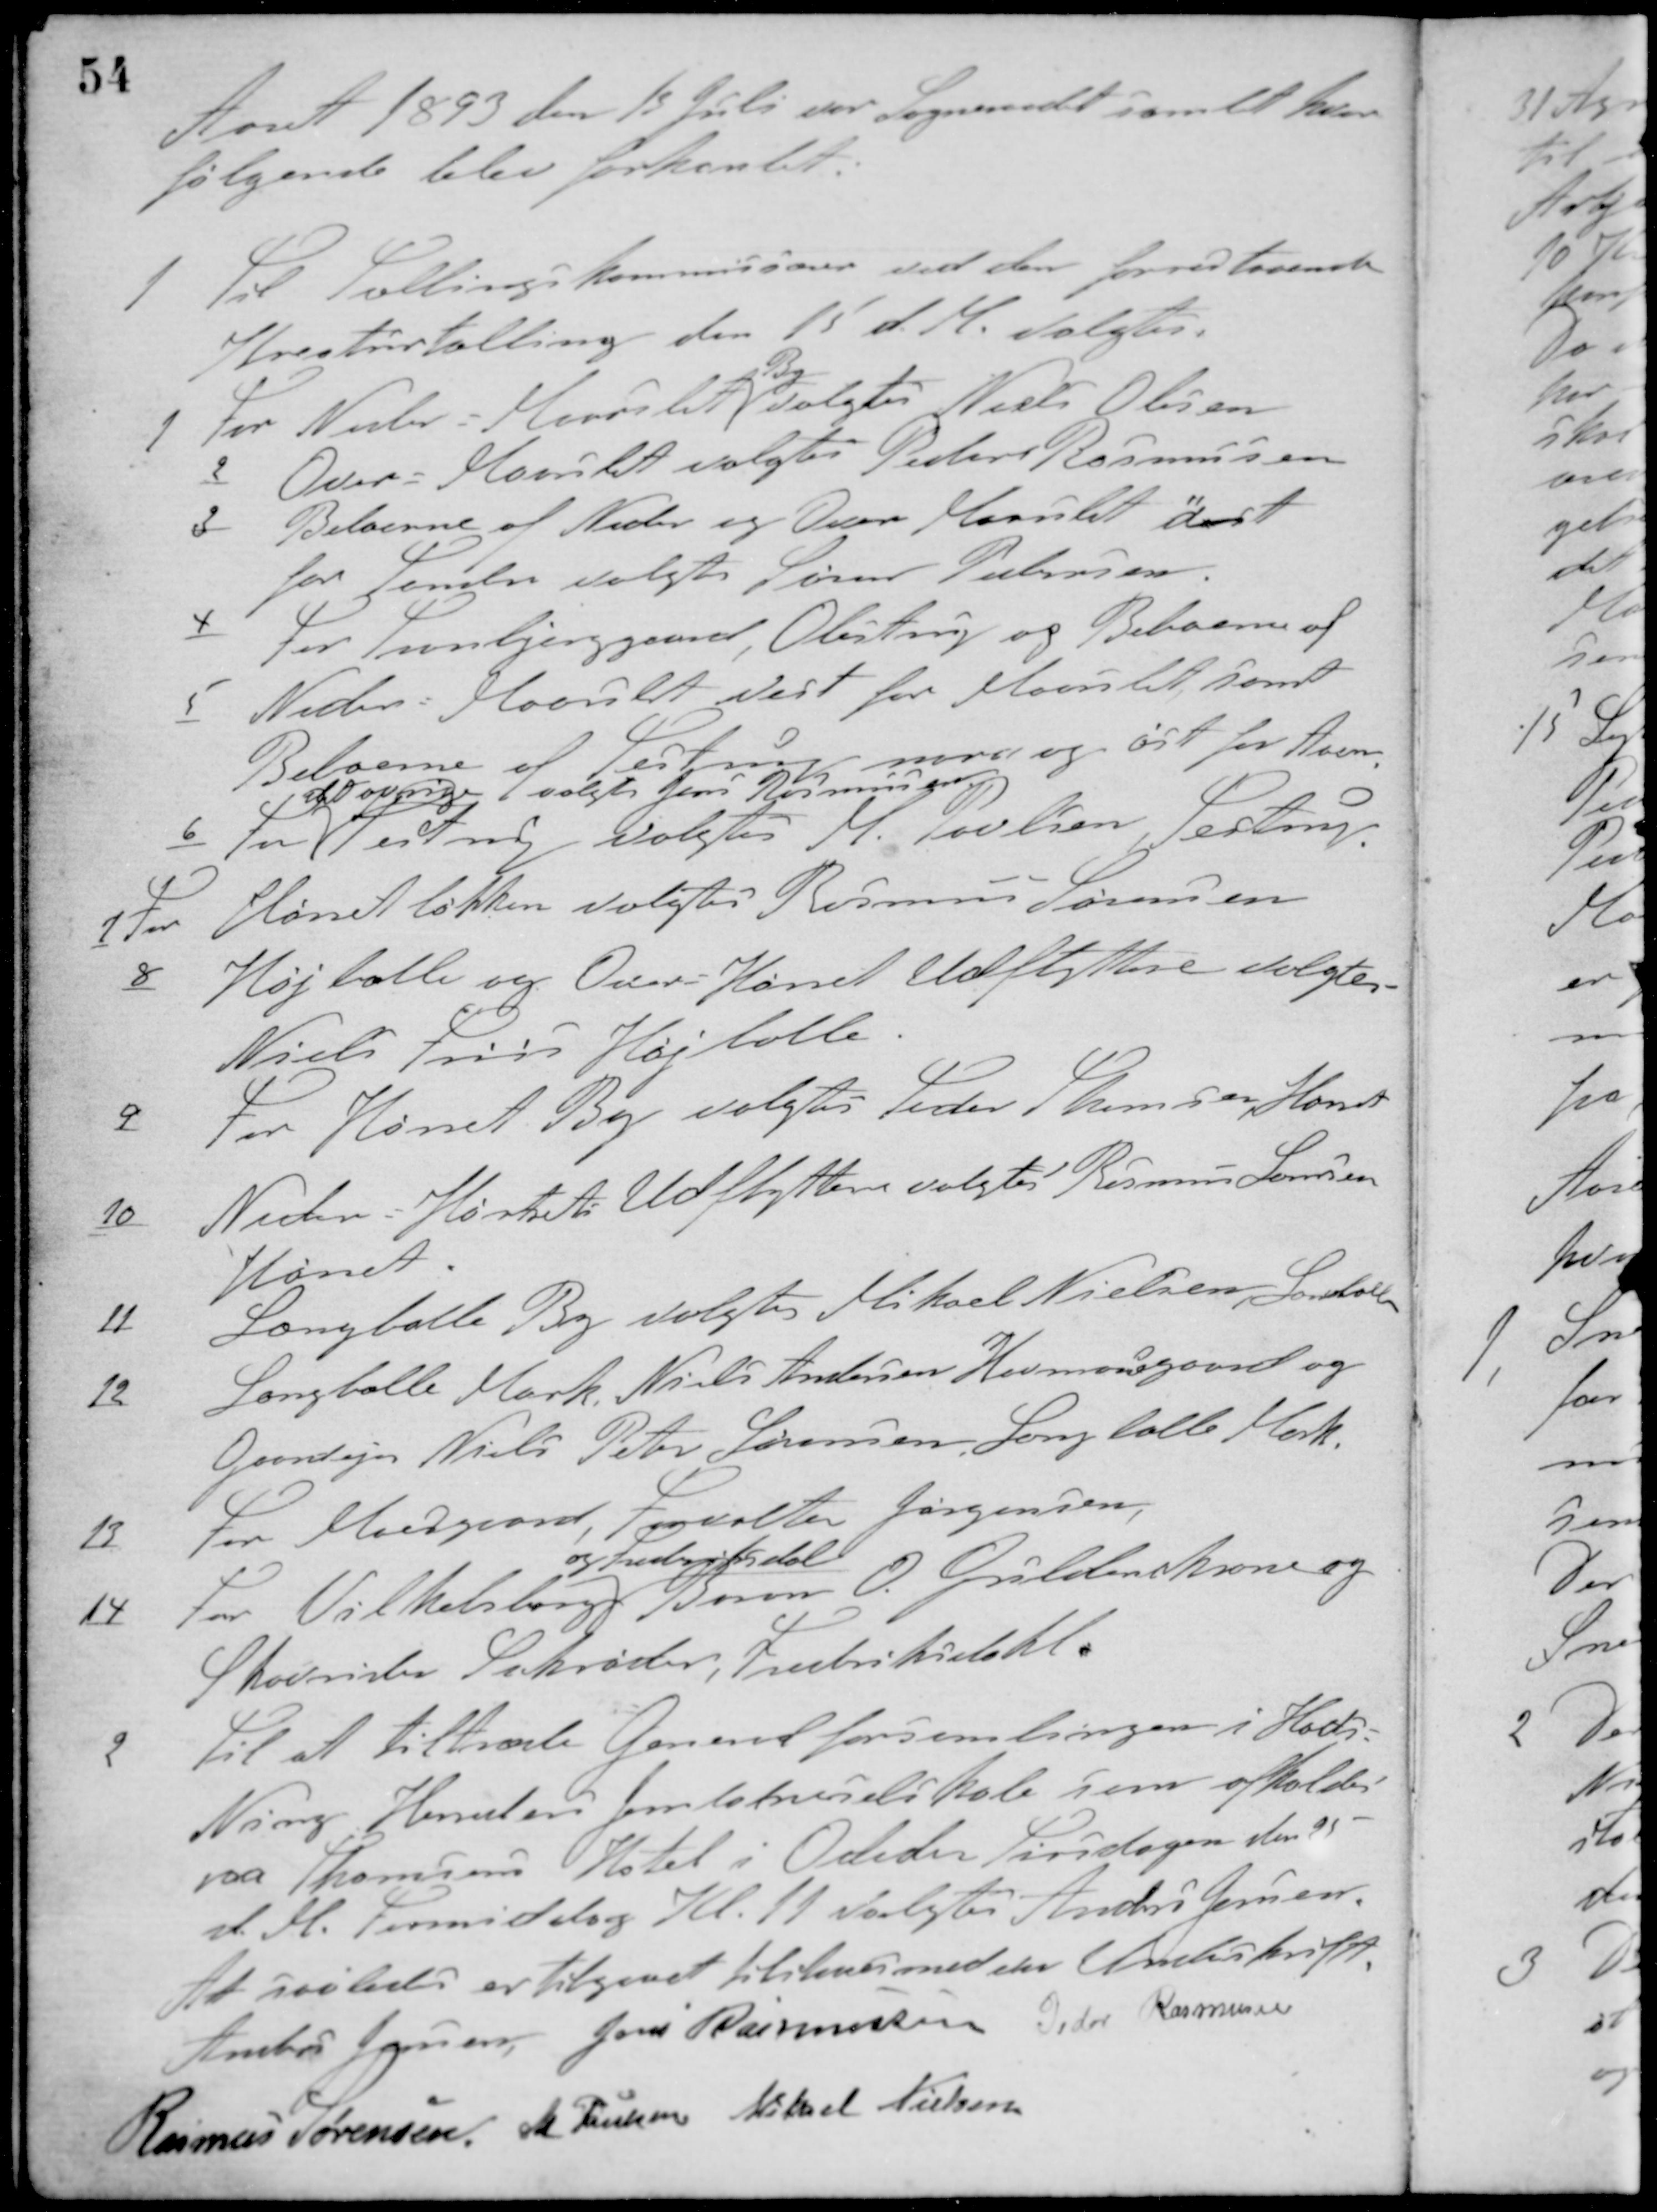
Transskription:
Aaret 1893 den 13 Juli var Sogneraadet samlet hvor
følgende blev forhandet.
1 Til Tællingskommissionen ved den forestaaende
Kreaturtælling den 15 d. M. valgtes.
1 For Neder - Maarslet
By
valgtes Niels Olesen
2 Over- Maarslet valgtes Peder Rasmussen
3 Beboerne af Neder og Over Maarslet øst
for Sanden valgtes Søren Pedersen.
4 For Tranbjerggaard, Obstrup og Beboerne af
5 Neder - Maarslet vest for Maarslet, samt
Beboerne af Testrup nord og øst for Aaen
valgtes Jens Rasmussen
6 For
det øvrige
Testrup valgtes M. Poulsen, Testrup
7 For Hørretløkken valgtes Rasmus Sørensen
8 Højballe og Over - Hørret Udflyttere valgtes
Niels Friis Højballe
9 For Hørret By valgtes Peder Thomsen, Hørret
10 Neder - Hørret Udflyttere valgtes Rasmus Laursen
Hørret.
11 Langballe By valgtes Mikael Nielsen, Langballe
12 Langballe Mark, Niels Andersen Havmosegaard og
Gaardejer Niels Peter Sørensen, Langballe Mark.
13 For Moesgaard, Forvalter Jørgensen.
14 For Vilhelmsborg
og Frederiksdal
Baron O. Grildencrone og
Skovrider Schrøder, Fredriksdal.
2 Til at tiltræde Generalforsamlingen i Hads-
Ning Herreders Jernbaneselskab som afholdes
paa Thomsens Hotel i Odder Tirsdagen den 25
d. M. Formiddag Kl. 11 valgtes Anders Jensen.
At saaledes er tilgaaet tilstaaes med vor Underskrift
Anders Jensen Jens Rasmussen Peter Rasmussen
Rasmus Sørensen M. Poulsen Mikkel Nielsen